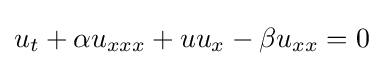
u_{t}+\alpha u_{xxx}+uu_{x}-\beta u_{xx}=0